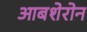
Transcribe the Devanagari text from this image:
आबशेरोन